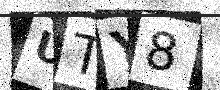
Text: UTY8